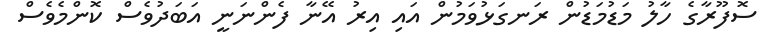
ސޮފޫރާގެ ހާލު މަޑުމަޑުން ރަނގަޅުވަމުން އައި އިރު އޭނާ ފެންނަނީ އަބަދުވެސް ކޮންމެވެސް